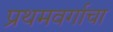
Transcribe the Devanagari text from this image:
प्रथमवर्गाचा